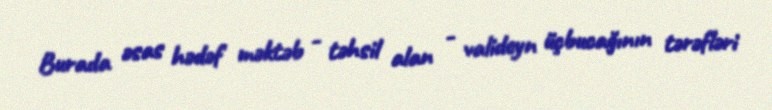
Burada əsas hədəf məktəb - təhsil alan - valideyn üçbucağının tərəfləri